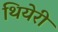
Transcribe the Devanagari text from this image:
थियेरी